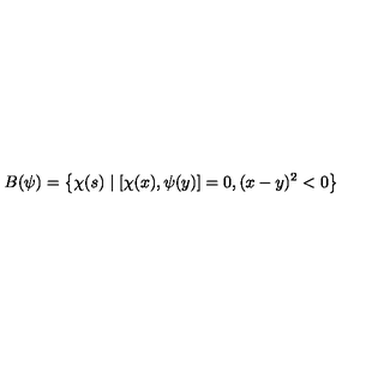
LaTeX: B ( \psi ) = \left\{ \chi ( s ) \mid [ \chi ( x ) , \psi ( y ) ] = 0 , ( x - y ) ^ { 2 } < 0 \right\}